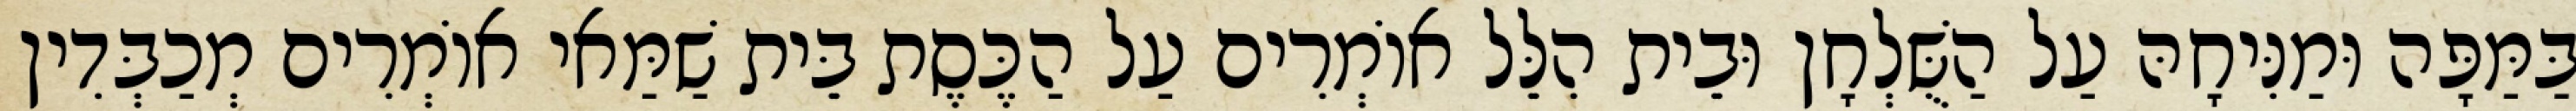
בַּמַּפָּה וּמַנִּיחָהּ עַל הַשֻּׁלְחָן וּבֵית הִלֵּל אוֹמְרִים עַל הַכֶּסֶת בֵּית שַׁמַּאי אוֹמְרִים מְכַבְּדִין